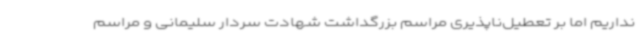
نداریم اما بر تعطیل‌ناپذیری مراسم بزرگداشت شهادت سردار سلیمانی و مراسم